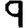
Digit: 9